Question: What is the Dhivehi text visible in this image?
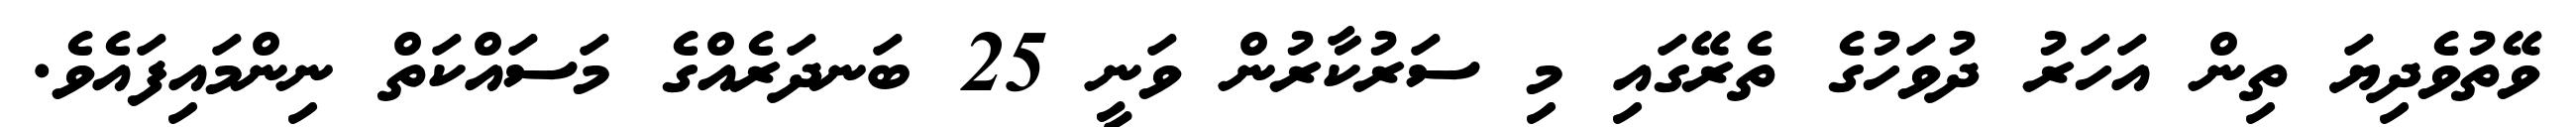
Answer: ވޭތުވެދިޔަ ތިން އަހަރު ދުވަހުގެ ތެރޭގައި މި ސަރުކާރުން ވަނީ 25 ބަނދަރެއްގެ މަސައްކަތް ނިންމައިފައެވެ.